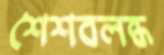
শৈশবলব্ধ